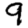
Digit: 9